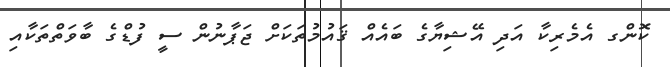
ކޮންގ އެމެރިކާ އަދި އޭޝިޔާގެ ބައެއް ޤައުމުތަކަށް ޖަޕާނުން ސީ ފުޑްގެ ބާވަތްތަކާއި